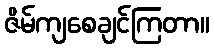
ဇိမ်ကျစေချင်ကြတာ။